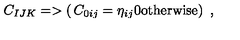
C _ { I J K } = > \left( \begin{matrix} { C _ { 0 i j } = \eta _ { i j } } \\ { 0 \mathrm { o t h e r w i s e } } \\ \end{matrix} \right) \ ,